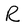
Character: R